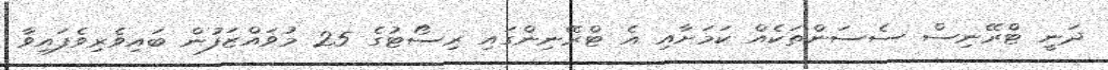
ދަނީ ޓްރޭނިސް ސެސަންތަކެއް ކަމަށާއި އެ ޓްރޭނިންގައި ރިސޯޓުގެ 25 މުވައްޒަފުން ބައިވެރިވެފައިވާ